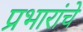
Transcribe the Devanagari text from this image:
प्रभारांचे